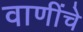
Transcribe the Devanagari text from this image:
वाणींचे